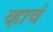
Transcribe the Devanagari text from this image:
व्‍हावं